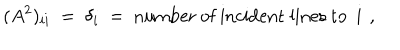
( A ^ { 2 } ) _ { i i } ~ = ~ \delta _ { i } ~ = ~ \mathrm { n u m b e r ~ o f ~ i n c i d e n t ~ l i n e s ~ t o ~ i ~ } \, ,